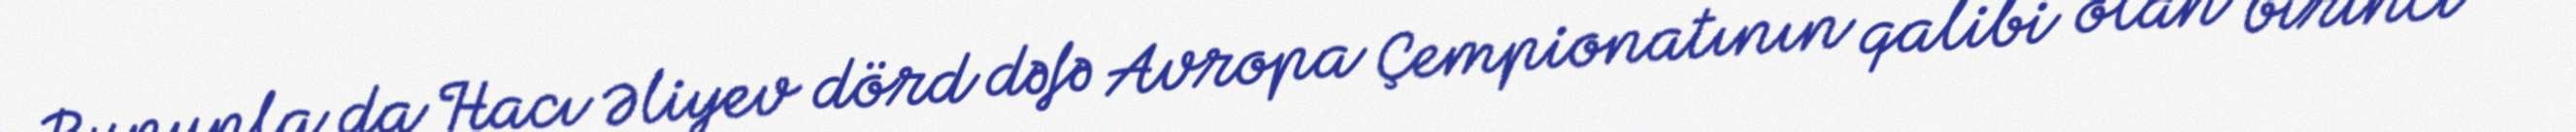
Bununla da Hacı Əliyev dörd dəfə Avropa Çempionatının qalibi olan birinci və